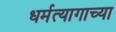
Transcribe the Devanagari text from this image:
धर्मत्यागाच्या